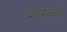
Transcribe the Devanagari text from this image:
माखजी